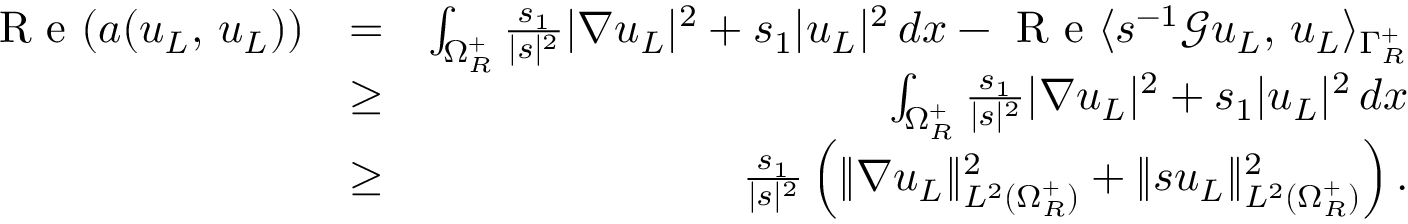
\begin{array} { r l r } { \textnormal { R e } ( a ( u _ { L } , \, u _ { L } ) ) } & { = } & { \int _ { \Omega _ { R } ^ { + } } \frac { s _ { 1 } } { | s | ^ { 2 } } | \nabla u _ { L } | ^ { 2 } + s _ { 1 } | u _ { L } | ^ { 2 } \, d x - \textnormal { R e } \langle s ^ { - 1 } \mathscr { G } u _ { L } , \, u _ { L } \rangle _ { \Gamma _ { R } ^ { + } } } \\ & { \geq } & { \int _ { \Omega _ { R } ^ { + } } \frac { s _ { 1 } } { | s | ^ { 2 } } | \nabla u _ { L } | ^ { 2 } + s _ { 1 } | u _ { L } | ^ { 2 } \, d x } \\ & { \geq } & { \frac { s _ { 1 } } { | s | ^ { 2 } } \left( \| \nabla u _ { L } \| _ { L ^ { 2 } ( \Omega _ { R } ^ { + } ) } ^ { 2 } + \| s u _ { L } \| _ { L ^ { 2 } ( \Omega _ { R } ^ { + } ) } ^ { 2 } \right) . } \end{array}